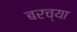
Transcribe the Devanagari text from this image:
बरच्या